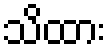
သိထား